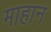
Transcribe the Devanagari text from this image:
माहान